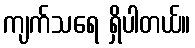
ကျက်သရေ ရှိပါတယ်။